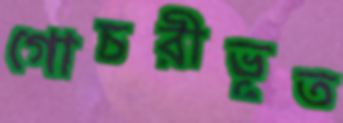
গোচরীভূত